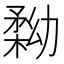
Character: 𠢢